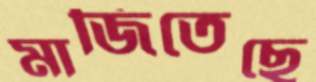
মাজিতেছে